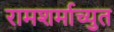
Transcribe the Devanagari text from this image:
रामशर्माच्युत